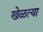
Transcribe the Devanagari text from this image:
खेळत्या